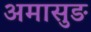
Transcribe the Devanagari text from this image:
अमासुङ